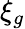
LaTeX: \xi_{g}